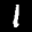
Label: 1